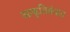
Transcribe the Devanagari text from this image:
आकृतिबंधात